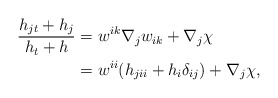
\begin{align*}\frac{h_{jt}+ h_{j}}{h_{t}+ h}&= w^{ik}\nabla_{j}w_{ik}+\nabla_{j}\chi\\&= w^{ii}(h_{jii}+h_{i}\delta_{ij})+\nabla_{j}\chi,\end{align*}